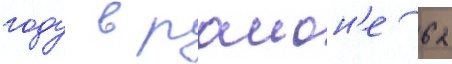
году в раион'е 62